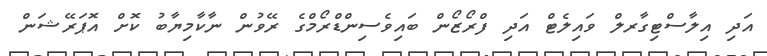
އަދި އިލާސްޓިގާރލް ވައިލެޓް އަދި ފްރޯޒޯން ބައިވެސިންޑްރޯމްގެ ރޭވުން ނާކާމިޔާބު ކޮށް އޮޕަރޭޝަން